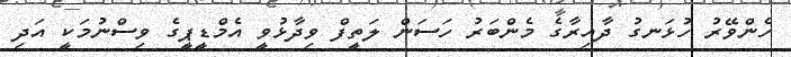
ހެންވޭރު ހުޅަނގު ދާއިރާގެ މެންބަރު ހަސަން ލަތީފް ވިދާޅުވީ އެމްޑީޕީގެ ވިސްނުމަކީ އަދި